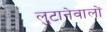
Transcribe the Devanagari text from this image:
लुटानेवालों